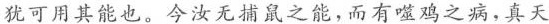
犹可用其能也。今汝无捕鼠之能，而有噬鸡之病，真天